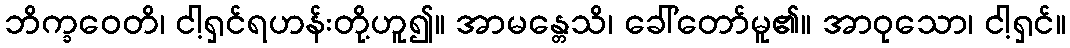
ဘိက္ခဝေတိ၊ ငါ့ရှင်ရဟန်းတို့ဟူ၍။ အာမန္တေသိ၊ ခေါ်တော်မူ၏။ အာဝုသော၊ ငါ့ရှင်။